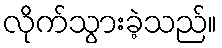
လိုက်သွားခဲ့သည်။